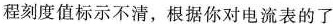
程刻度值标示不清，根据你对电流表的了